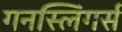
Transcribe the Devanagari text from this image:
गनस्लिंगर्स